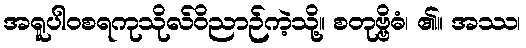
အရူပါဝစရကုသိုလ်ဝိညာဉ်ကဲ့သို့။ စတုဗ္ဗိဓံ၊ ၏။ အဿ၊